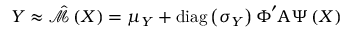
\boldsymbol { Y } \approx \hat { \mathcal { M } } \left( \boldsymbol { X } \right) = \boldsymbol { \mu _ { \boldsymbol { Y } } } + \operatorname { d i a g } \left( \boldsymbol { \sigma _ { \boldsymbol { Y } } } \right) \boldsymbol { \Phi } ^ { \prime } \boldsymbol { \mathrm { A } } \boldsymbol { \Psi } \left( \boldsymbol { X } \right)